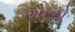
એકઠો